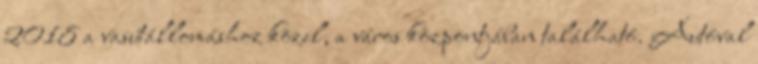
2018 a vasútállomáshoz közel, a város központjában található. Autóval